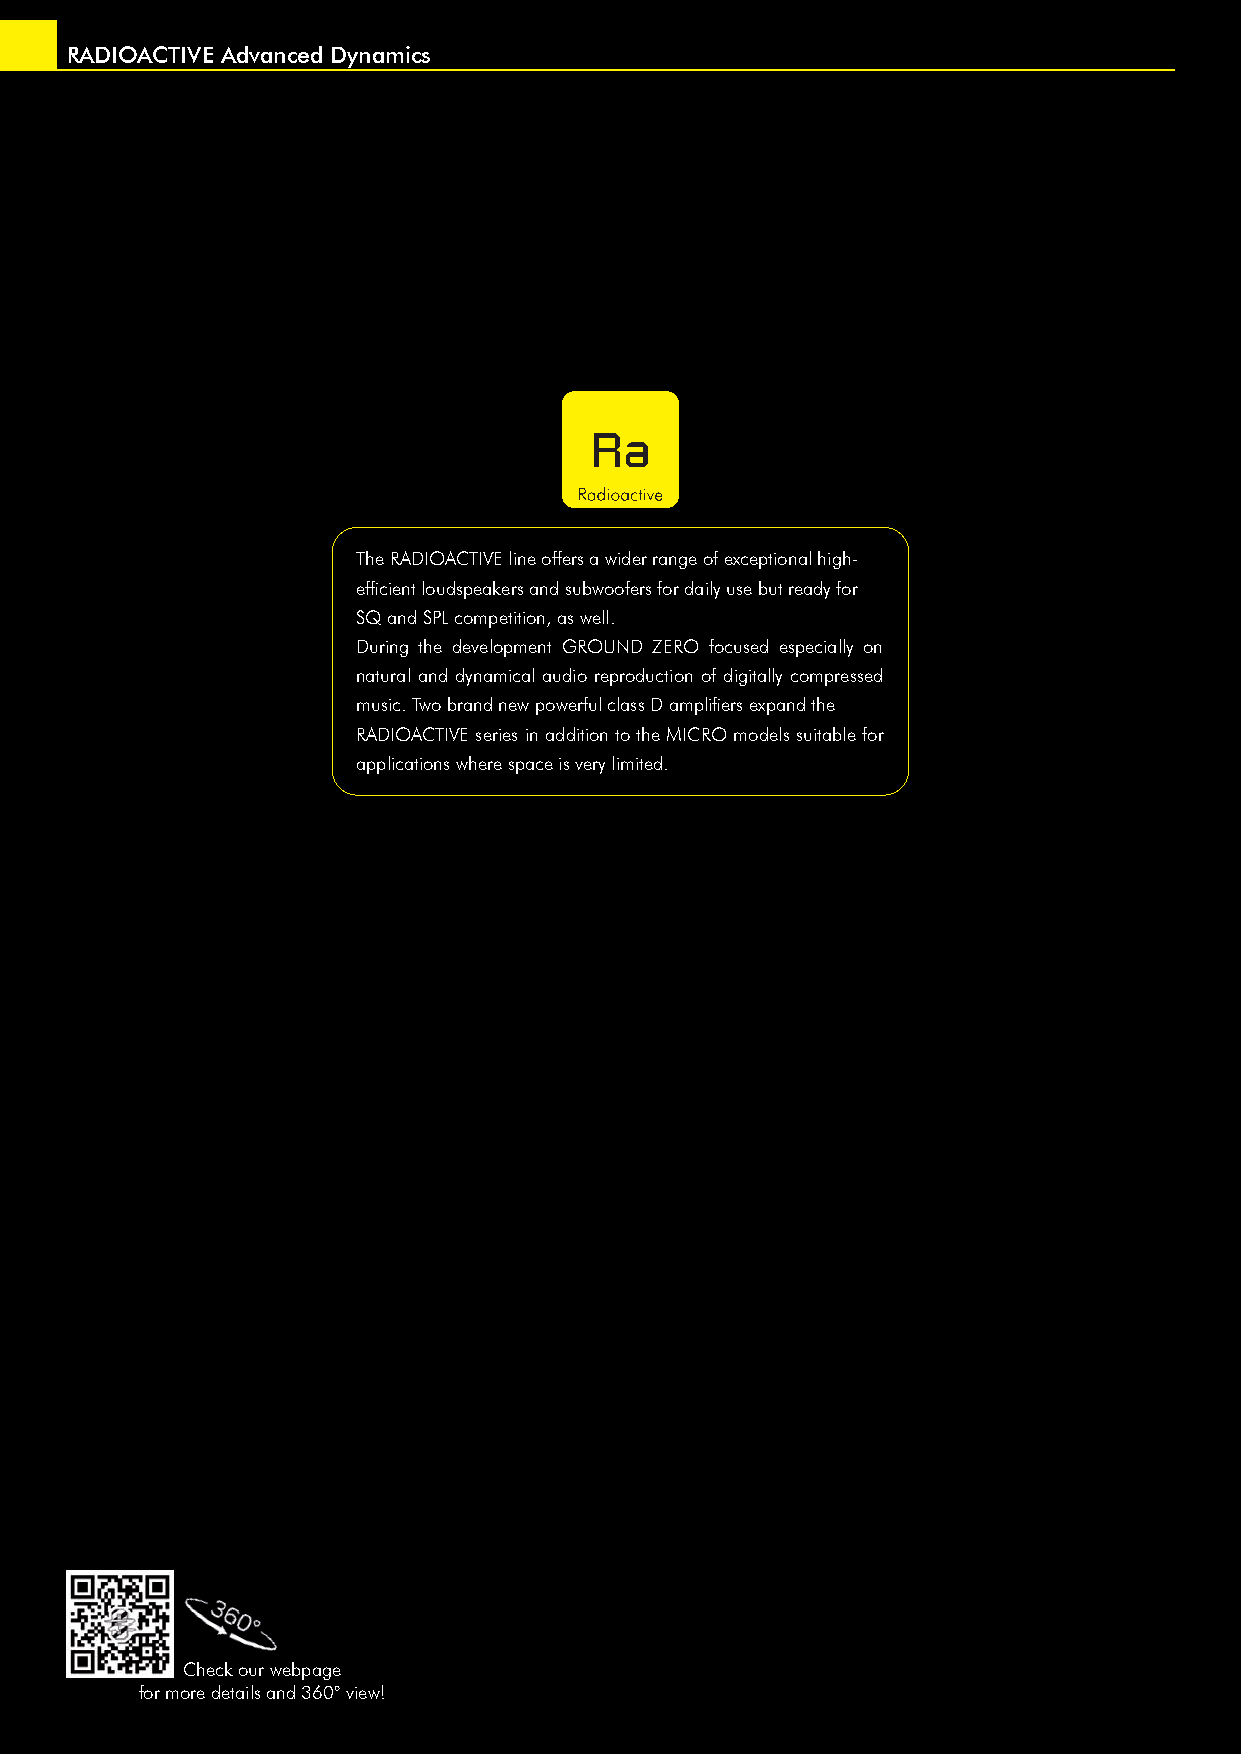
RADIOACTIVE Advanced Dynamics
 The RADIOACTIVE line offers a wider range of exceptional high-
 effi cient loudspeakers and subwoofers for daily use but ready for
 SQ and SPL competition, as well.
 During the development GROUND ZERO focused especially on
 natural and dynamical audio reproduction of digitally compressed
 music. Two brand new powerful class D amplifi ers expand the
 RADIOACTIVE series in addition to the MICRO models suitable for
 applications where space is very limited.
 Check our webpage
 for more details and 360° view!